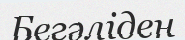
Бегәліден